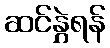
ဆင်နွှဲရန်